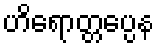
ဟိရောတ္တပ္ပေန